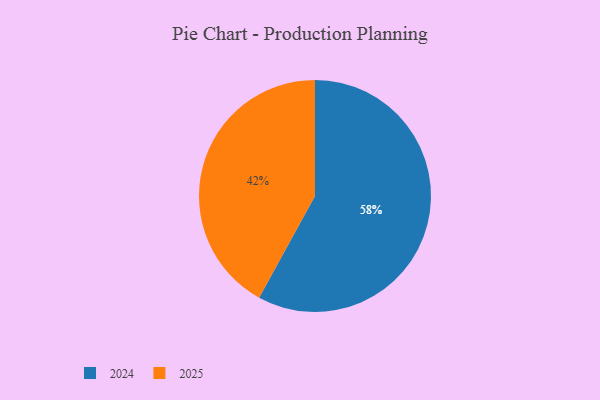
{"axis": {"x": "Category", "y": "Percentage"}, "legend": ["2024", "2025"], "data": [{"x": "2024", "y": 58, "type": "2024"}, {"x": "2025", "y": 42, "type": "2025"}]}